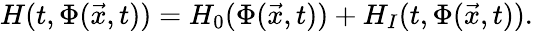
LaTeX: H(t,\Phi(\vec{x},t))=H_{0}(\Phi(\vec{x},t))+H_{I}(t,\Phi(\vec{x},t)).